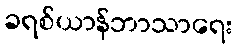
ခရစ်ယာန်ဘာသာရေး